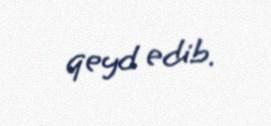
qeyd edib.